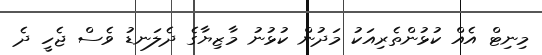
މިނިޓް އެއް ކުޅުންތެރިއަކު މަދުން ކުޅުނު މާޒިޔާގެ ދެލަނޑު ވެސް ޖެހީ ދެ